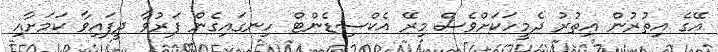
އޭގެ އިތުރުން އިތުރު ދެމީހަކަށްވެސް މިރޭ އެކްސިޑެންޓް ހިނގައިގެން ފަރުވާ ދީފައިވާ ކަމަށާއި